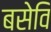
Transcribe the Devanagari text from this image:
बसेवि